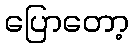
ပြောတော့